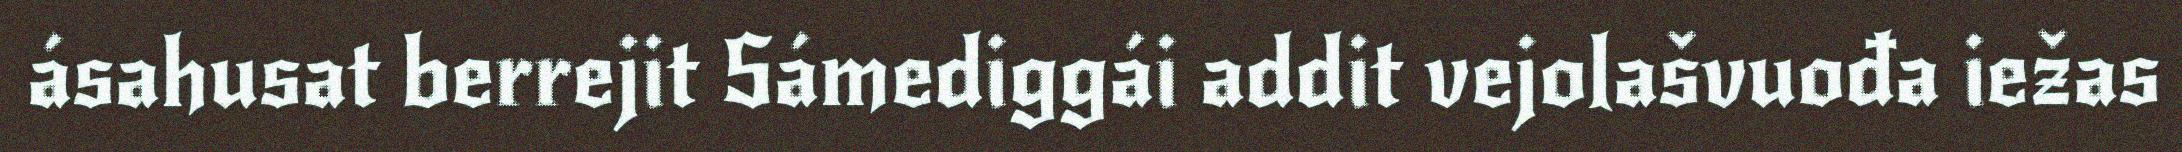
ásahusat berrejit Sámediggái addit vejolašvuođa iežas